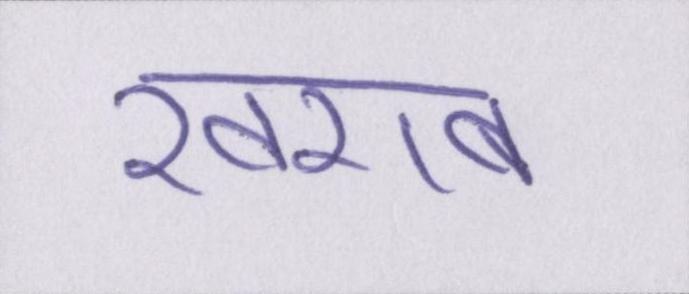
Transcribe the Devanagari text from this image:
खराब